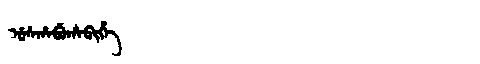
Manchu: ᡠᠰᡥᠠᠪᡠᡥᠠᠪᡳᡥᡝ
Romanization: USHABUHABIHE